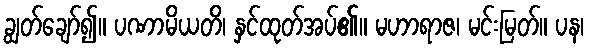
ချွတ်ချော်၍။ ပဏာမိယတိ၊ နှင်ထုတ်အပ်၏။ မဟာရာဇ၊ မင်းမြတ်။ ပန၊